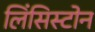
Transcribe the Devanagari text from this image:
लिंसिस्टोन